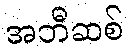
အဘီဆစ်